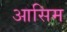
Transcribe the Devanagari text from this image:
आसिम